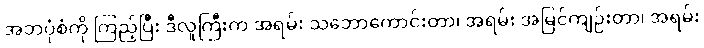
အဘပုံစံကို ကြည့်ပြီး ဒီလူကြီးက အရမ်း သဘောကောင်းတာ၊ အရမ်း အမြင်ကျဉ်းတာ၊ အရမ်း